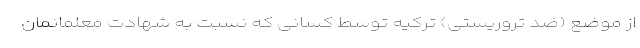
از موضع (ضد تروریستی) ترکیه توسط کسانی که نسبت به شهادت معلمانمان